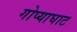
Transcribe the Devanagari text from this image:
गोप्याघाट